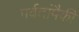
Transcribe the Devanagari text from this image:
पर्वतांपैकी